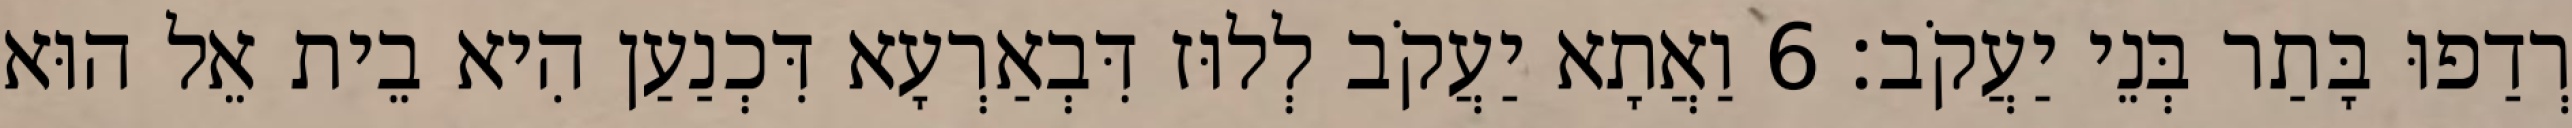
רְדַפוּ בָּתַר בְּנֵי יַעֲקֹב׃ 6 וַאֲתָא יַעֲקֹב לְלוּז דִּבְאַרְעָא דִּכְנַעַן הִיא בֵית אֵל הוּא